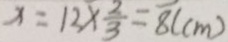
x = 1 2 \times \frac { 2 } { 3 } = 8 ( c m )